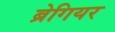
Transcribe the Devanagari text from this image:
ब्रेगियर